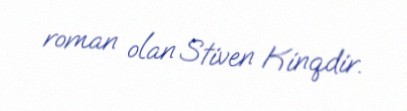
roman olan Stiven Kinqdir.